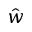
\hat { w }